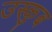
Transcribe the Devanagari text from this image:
उस्कुब